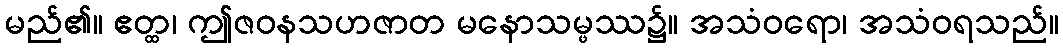
မည်၏။ ဧတ္ထ၊ ဤဇဝနသဟဇာတ မနောသမ္ဖဿ၌။ အသံဝရော၊ အသံဝရသည်။